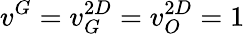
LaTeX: v^{G}=v_{G}^{2D}=v_{O}^{2D}=1